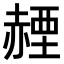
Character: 𧹬